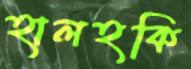
হালহকি